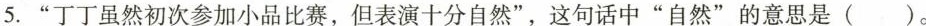
5.”丁丁虽然初次参加小品比赛，但表演十分自然”，这句话中”自然”的意思是()。